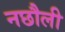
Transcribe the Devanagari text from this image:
नछौली